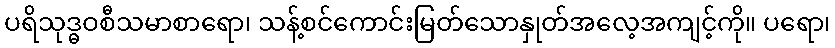
ပရိသုဒ္ဓဝစီသမာစာရော၊ သန့်စင်ကောင်းမြတ်သောနှုတ်အလေ့အကျင့်ကို။ ပရော၊